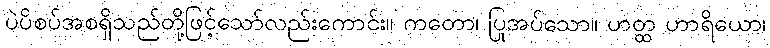
ပဲပိစပ်အစရှိသည်တို့ဖြင့်သော်လည်းကောင်း။ ကတော၊ ပြုအပ်သော။ ဟတ္ထ ဟာရိယော၊